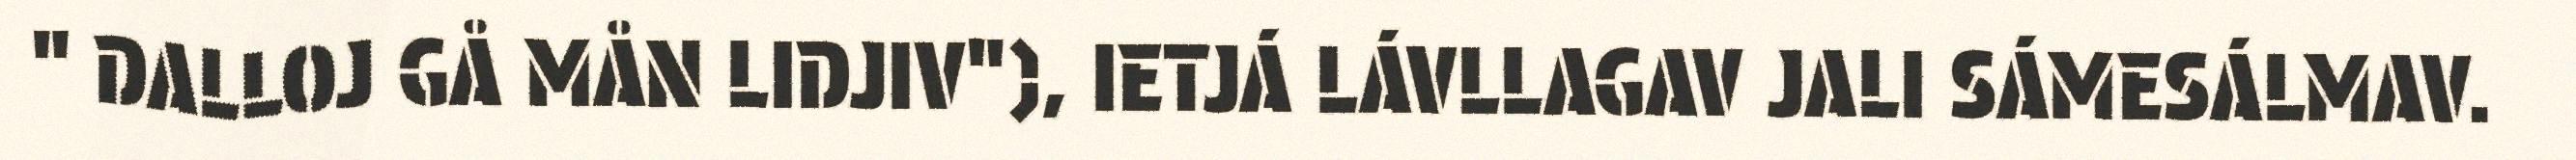
" DALLOJ GÅ MÅN LIDJIV"), IETJÁ LÁVLLAGAV JALI SÁMESÁLMAV.